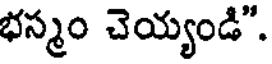
భస్మం చెయ్యండి".